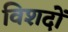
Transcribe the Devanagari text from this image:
विशदों